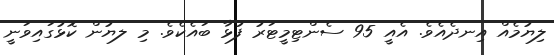
ލިޔުމެއް އިނދެއެވެ. އެއީ 95 ސެންޓިމީޓަރު ފުޅާ ބައެކެވެ. މި ލޔުން ކޮޅުގައިވަނީ